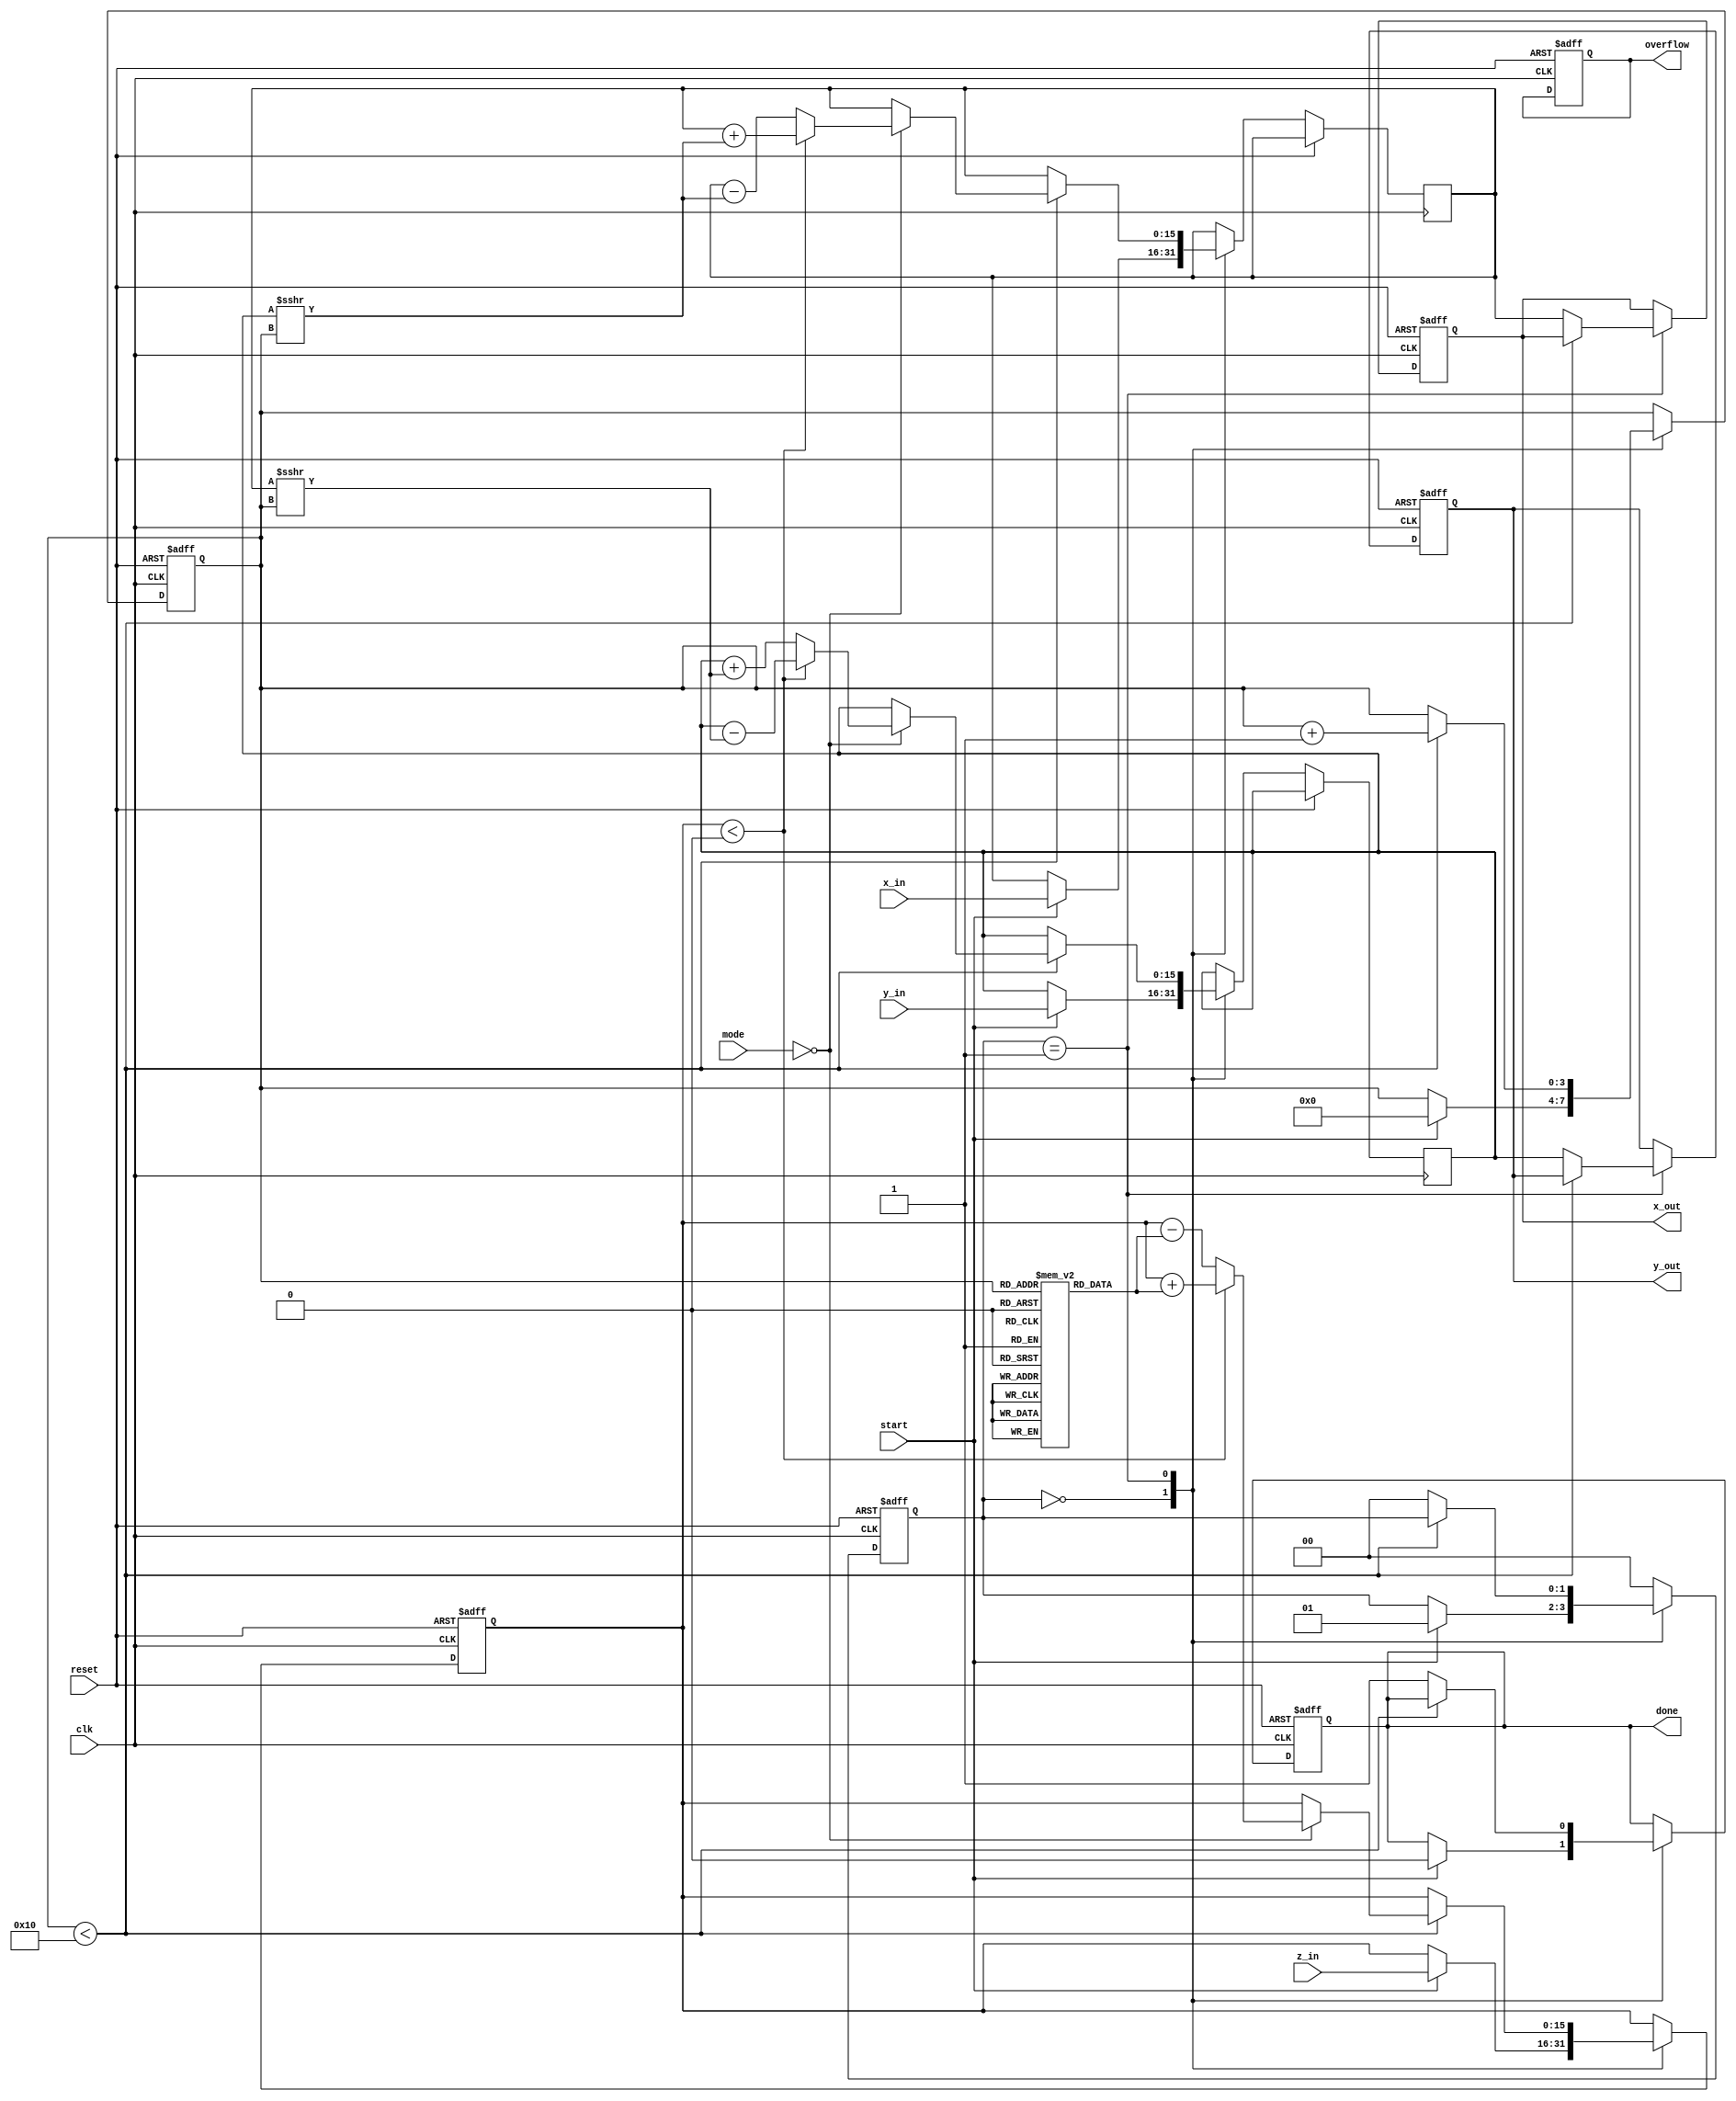
module cordic (
    input wire clk,
    input wire reset,
    input wire [15:0] x_in,       // Input x coordinate
    input wire [15:0] y_in,       // Input y coordinate
    input wire [15:0] z_in,       // Input z angle in radians (angle input for rotation)
    input wire start,              // Start operation signal
    input wire [1:0] mode,         // 0: Rotation, 1: Vectoring
    output reg [15:0] x_out,      // Output x coordinate
    output reg [15:0] y_out,      // Output y coordinate
    output reg done,              // Operation complete signal
    output reg overflow           // Overflow flag
);

// Parameters for CORDIC algorithm
parameter NUM_ITERATIONS = 16; // Number of iterations
reg [15:0] angle_table[0:NUM_ITERATIONS-1]; // Lookup table for arctangent values
reg [15:0] x_reg, y_reg, z_reg;
reg [3:0] iteration; // Iteration counter
reg [1:0] state;     // FSM states

// CORDIC Operations
always @(posedge clk or posedge reset) begin
    if (reset) begin
        iteration <= 0;
        x_out <= 0;
        y_out <= 0;
        z_reg <= 0;
        done <= 0;
        overflow <= 0;
        state <= 0;
    end else begin
        case (state)
            0: begin
                if (start) begin
                    x_reg <= x_in;
                    y_reg <= y_in;
                    z_reg <= z_in;
                    iteration <= 0;
                    done <= 0;
                    state <= 1;
                end
            end
            
            1: begin // Iteration State
                if (iteration < NUM_ITERATIONS) begin
                    if (mode == 0) begin // Rotation mode
                        if (z_reg < 0) begin
                            // Perform clockwise rotation
                            x_reg <= x_reg + (y_reg >>> iteration);
                            y_reg <= y_reg - (x_reg >>> iteration);
                            z_reg <= z_reg + angle_table[iteration];
                        end else begin
                            // Perform counter-clockwise rotation
                            x_reg <= x_reg - (y_reg >>> iteration);
                            y_reg <= y_reg + (x_reg >>> iteration);
                            z_reg <= z_reg - angle_table[iteration];
                        end
                    end else begin // Vectoring mode
                        // Vectoring implementation here
                        // Code would depend on specific operations of vectoring
                    end

                    iteration <= iteration + 1;
                end else begin
                    x_out <= x_reg;
                    y_out <= y_reg;
                    done <= 1;
                    state <= 0; // Go back to idle
                end
            end
            
            default: state <= 0; // Default state
        endcase
    end
end

// Initialize angle table values, ideally this would be done in a separate initialization block
initial begin 
    angle_table[0] = 16'h00; // atan(2^0)
    angle_table[1] = 16'h26; // atan(2^-1)
    angle_table[2] = 16'h14; // atan(2^-2)
    angle_table[3] = 16'h0A; // atan(2^-3)
    angle_table[4] = 16'h05; // atan(2^-4)
    angle_table[5] = 16'h02; // atan(2^-5)
    angle_table[6] = 16'h01; // atan(2^-6)
    // Initialize additional angles as required
end

endmodule